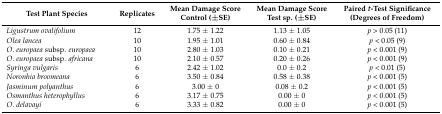
| Test Plant Species | Replicates | Mean Damage Score Control (±SE) | Mean Damage Score Test sp. (±SE) | Paired t-Test Significance (Degrees of Freedom) |
 | --- | --- | --- | --- | --- |
 | Ligustrum ovalifolium | 12 | 1.75 ± 1.22 | 1.13 ± 1.05 | p > 0.05 (11) |
 | Olea lancea | 10 | 1.95 ± 1.01 | 0.60 ± 0.84 | p < 0.05 (9) |
 | O. europaea subsp. europaea | 10 | 2.80 ± 1.03 | 0.10 ± 0.21 | p < 0.001 (9) |
 | O. europaea subsp. africana | 10 | 2.10 ± 0.57 | 0.20 ± 0.26 | p < 0.001 (9) |
 | Syringa vulgaris | 6 | 2.42 ± 1.02 | 0.0 ± 0.2 | p < 0.01 (5) |
 | Noronhia broomeana | 6 | 3.50 ± 0.84 | 0.58 ± 0.38 | p < 0.001 (5) |
 | Jasminum polyanthus | 6 | 3.00 ± 0 | 0.08 ± 0.2 | p < 0.001 (5) |
 | Osmanthus heterophyllus | 6 | 3.17 ± 0.75 | 0.00 ± 0 | p < 0.001 (5) |
 | O. delavayi | 6 | 3.33 ± 0.82 | 0.00 ± 0 | p < 0.001 (5) |